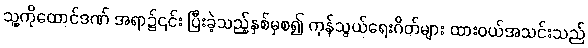
သူ့ကိုထောင်ဒဏ် အရာ၌၎င်း ပြီးခဲ့သည့်နှစ်မှစ၍ ကုန်သွယ်ရေးဂိတ်များ ထားဝယ်အသင်းသည်